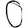
Digit: 0